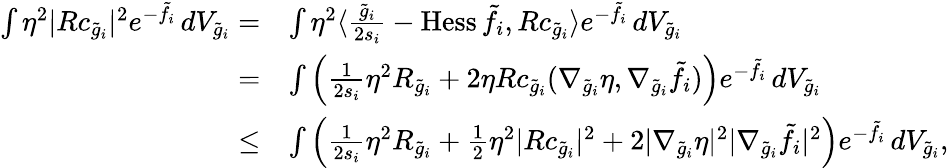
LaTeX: \begin{array}{rl}{\int\eta^{2}|Rc_{\tilde{g}_{i}}|^{2}e^{-\tilde{f}_{i}}\, dV_{\tilde{g}_{i}}=}&{\int\eta^{2}\langle\frac{\tilde{g}_{i}}{2s_{i}}-\mathrm{Hess}\, \tilde{f}_{i},Rc_{\tilde{g}_{i}}\rangle e^{-\tilde{f}_{i}}\, dV_{\tilde{g}_{i}}}\\ {=}&{\int\left(\frac{1}{2s_{i}}\eta^{2}R_{\tilde{g}_{i}}+2\eta Rc_{\tilde{g}_{i}}(\nabla_{\tilde{g}_{i}}\eta,\nabla_{\tilde{g}_{i}}\tilde{f}_{i})\right)e^{-\tilde{f}_{i}}\, dV_{\tilde{g}_{i}}}\\ {\le}&{\int\left(\frac{1}{2s_{i}}\eta^{2}R_{\tilde{g}_{i}}+\frac{1}{2}\eta^{2}|Rc_{\tilde{g}_{i}}|^{2}+2|\nabla_{\tilde{g}_{i}}\eta|^{2}|\nabla_{\tilde{g}_{i}}\tilde{f}_{i}|^{2}\right)e^{-\tilde{f}_{i}}\, dV_{\tilde{g}_{i}},}\end{array}